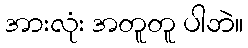
အားလုံး အတူတူ ပါဘဲ။